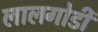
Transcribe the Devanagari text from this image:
लालगोडी